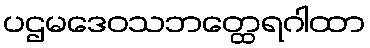
ပဌမဒေဝသဘတ္ထေရဂါထာ